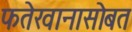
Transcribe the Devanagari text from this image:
फतेखानासोबत